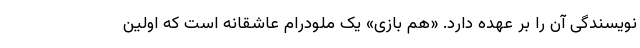
نویسندگی آن را بر عهده دارد. «هم بازی» یک ملودرام عاشقانه است که اولین